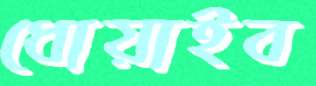
ধোয়াইব